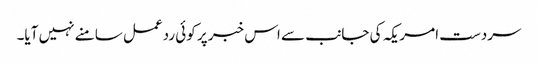
سردست امریکہ کی جانب سے اس خبر پر کوئی ردعمل سامنے نہیں آیا۔